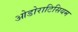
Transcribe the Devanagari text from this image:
ओडोराटिसियम